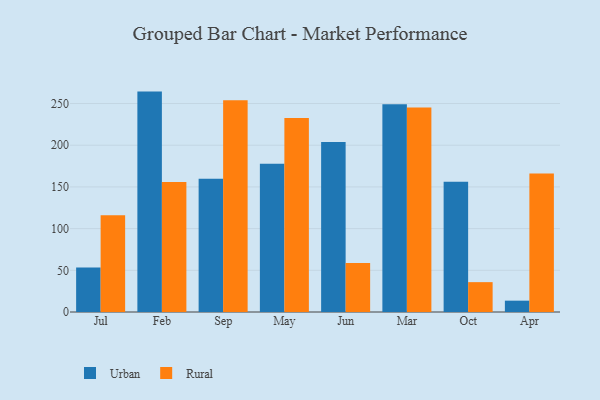
{"axis": {"x": "Month", "y": "Operating Costs (USD K)"}, "legend": ["Rural", "Urban"], "data": [{"x": "Jul", "y": 53.4, "type": "Urban"}, {"x": "Jul", "y": 116.0, "type": "Rural"}, {"x": "Feb", "y": 264.3, "type": "Urban"}, {"x": "Feb", "y": 156.0, "type": "Rural"}, {"x": "Sep", "y": 159.9, "type": "Urban"}, {"x": "Sep", "y": 253.8, "type": "Rural"}, {"x": "May", "y": 177.9, "type": "Urban"}, {"x": "May", "y": 232.5, "type": "Rural"}, {"x": "Jun", "y": 203.9, "type": "Urban"}, {"x": "Jun", "y": 58.7, "type": "Rural"}, {"x": "Mar", "y": 249.1, "type": "Urban"}, {"x": "Mar", "y": 245.2, "type": "Rural"}, {"x": "Oct", "y": 156.3, "type": "Urban"}, {"x": "Oct", "y": 35.8, "type": "Rural"}, {"x": "Apr", "y": 13.6, "type": "Urban"}, {"x": "Apr", "y": 166.0, "type": "Rural"}]}